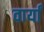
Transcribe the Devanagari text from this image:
वार्यां